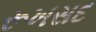
રૂખસદ